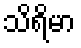
သိရိမာ